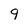
Character: 9